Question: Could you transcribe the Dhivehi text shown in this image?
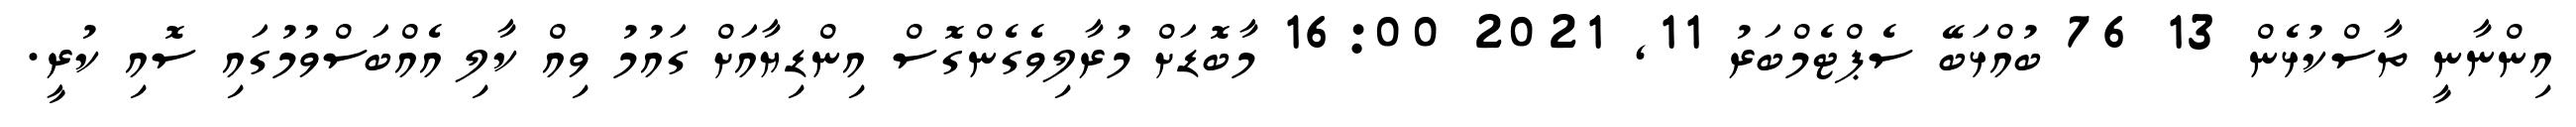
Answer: އިންނާނީ ތާސްކުޅެން 13 76 ބުއްޅަބޭ ސެޕްޓެމްބަރު 11, 2021 16:00 މާބޮޑަށް މުރާލިވެގެންގޮސް އިންޑިޔާއަށް ގައުމު ވިއް ކާލި އެއްބަސްވުމުގައި ސޮއި ކުރީ.